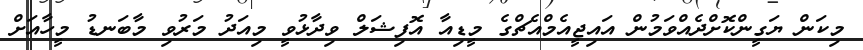
މިކަން ޔަގީންކޮށްދެއްވަމުން އައިޖީއެމްއެޗްގެ މީޑިއާ އޮފިޝަލް ވިދާޅުވީ މިއަދު މަރުވި މާބަނޑު މީހާއަށް